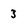
Character: 3